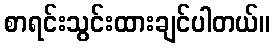
စာရင်းသွင်းထားချင်ပါတယ်။